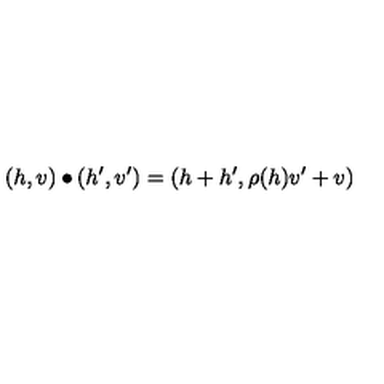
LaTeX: ( h , v ) \bullet ( h ^ { \prime } , v ^ { \prime } ) = ( h + h ^ { \prime } , \rho ( h ) v ^ { \prime } + v )